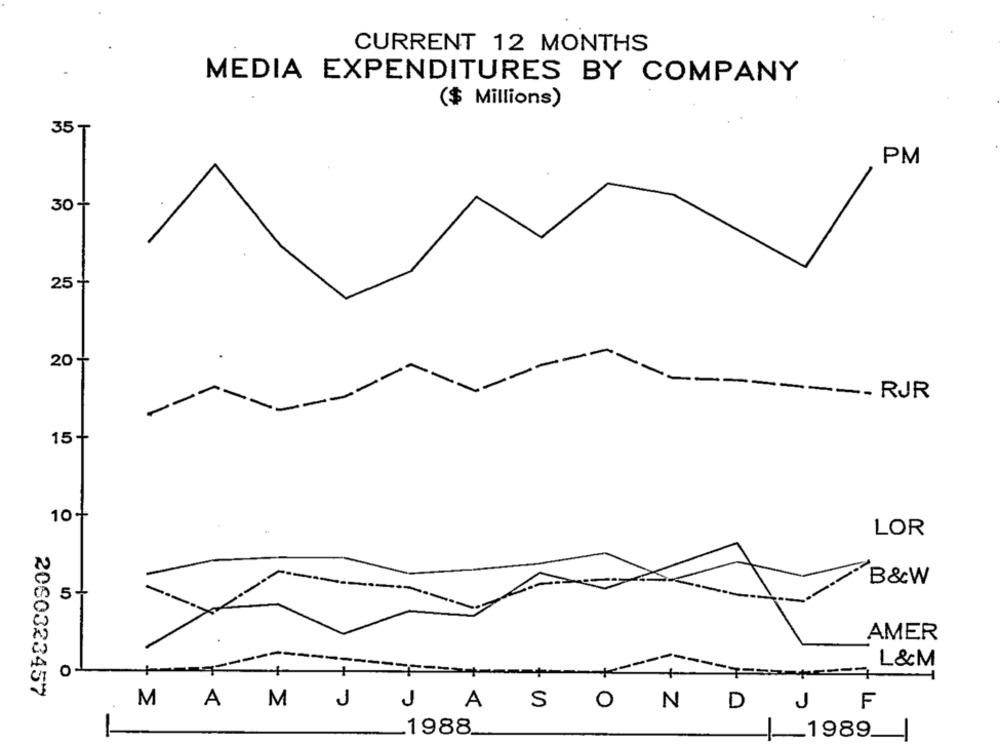
CURRENT 12 MONTHS
MEDIA EXPENDITURES BY COMPANY
($ Millions)
35 T
PM
30 +
25 +
20 +
---
RJR
15+
10-+
LOR
B&W
5+
AMER
L&M
2060323457
M
A
J
J
A
S
O
N
D
F
M
J
1988
-1989